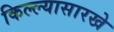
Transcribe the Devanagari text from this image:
किल्ल्यासारखे